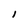
Character: l